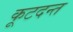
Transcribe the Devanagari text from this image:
कूटदन्त